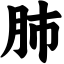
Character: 肺